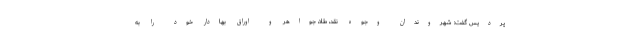
پردیس گفت: شهروندان وجوه نقد، طلا، جواهر و اوراق بهادار خود را به